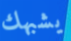
يشبهك